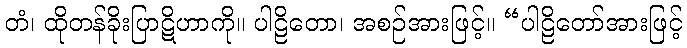
တံ၊ ထိုတန်ခိုးပြာဋိဟာကို။ ပါဠိတော၊ အစဉ်အားဖြင့်။ “ပါဠိတော်အားဖြင့်